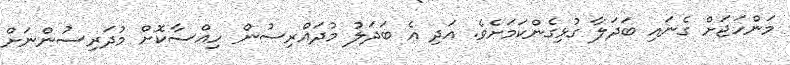
މަންހަޖަށް ގެނައި ބަދަލާ ގުޅިގެންކަމަށެވެ. އަދި އެ ބަދަލު މުދައްރިސުން ހިއްސާކޮށް މުދަރިސުންނަށް